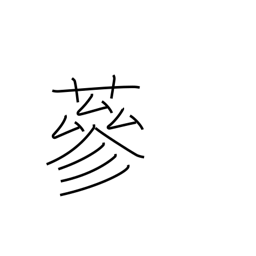
Meaning: luxurious growth of grass